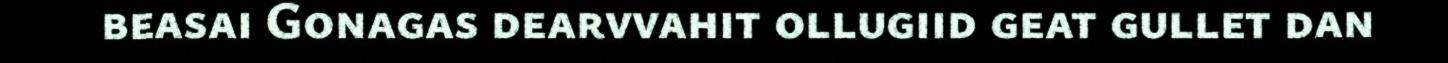
beasai Gonagas dearvvahit ollugiid geat gullet dan